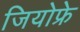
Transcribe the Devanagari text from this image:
जियोफ्रे